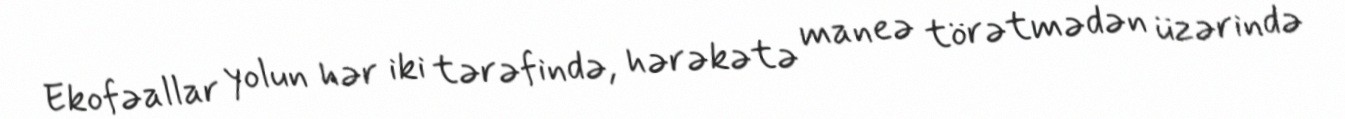
Ekofəallar yolun hər iki tərəfində, hərəkətə maneə törətmədən üzərində